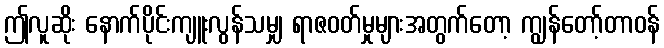
ဤလူဆိုး နောက်ပိုင်းကျူးလွန်သမျှ ရာဇဝတ်မှုများအတွက်တော့ ကျွန်တော့်တာဝန်